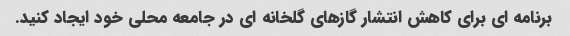
برنامه ای برای کاهش انتشار گازهای گلخانه ای در جامعه محلی خود ایجاد کنید.